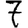
Digit: 7